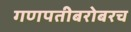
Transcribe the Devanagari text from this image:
गणपतीबरोबरच